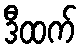
ဒီထက်